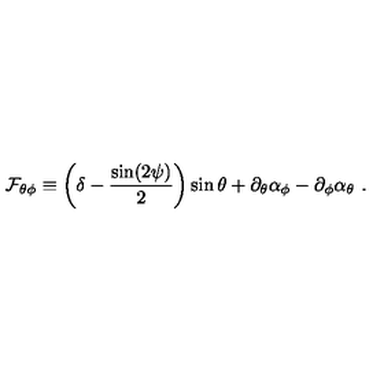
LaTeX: { \cal F } _ { \theta \phi } \equiv \left( \delta - { \frac { \sin ( 2 \psi ) } { 2 } } \right) \sin \theta + \partial _ { \theta } \alpha _ { \phi } - \partial _ { \phi } \alpha _ { \theta } \ .